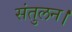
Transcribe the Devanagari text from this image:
संतुलन।